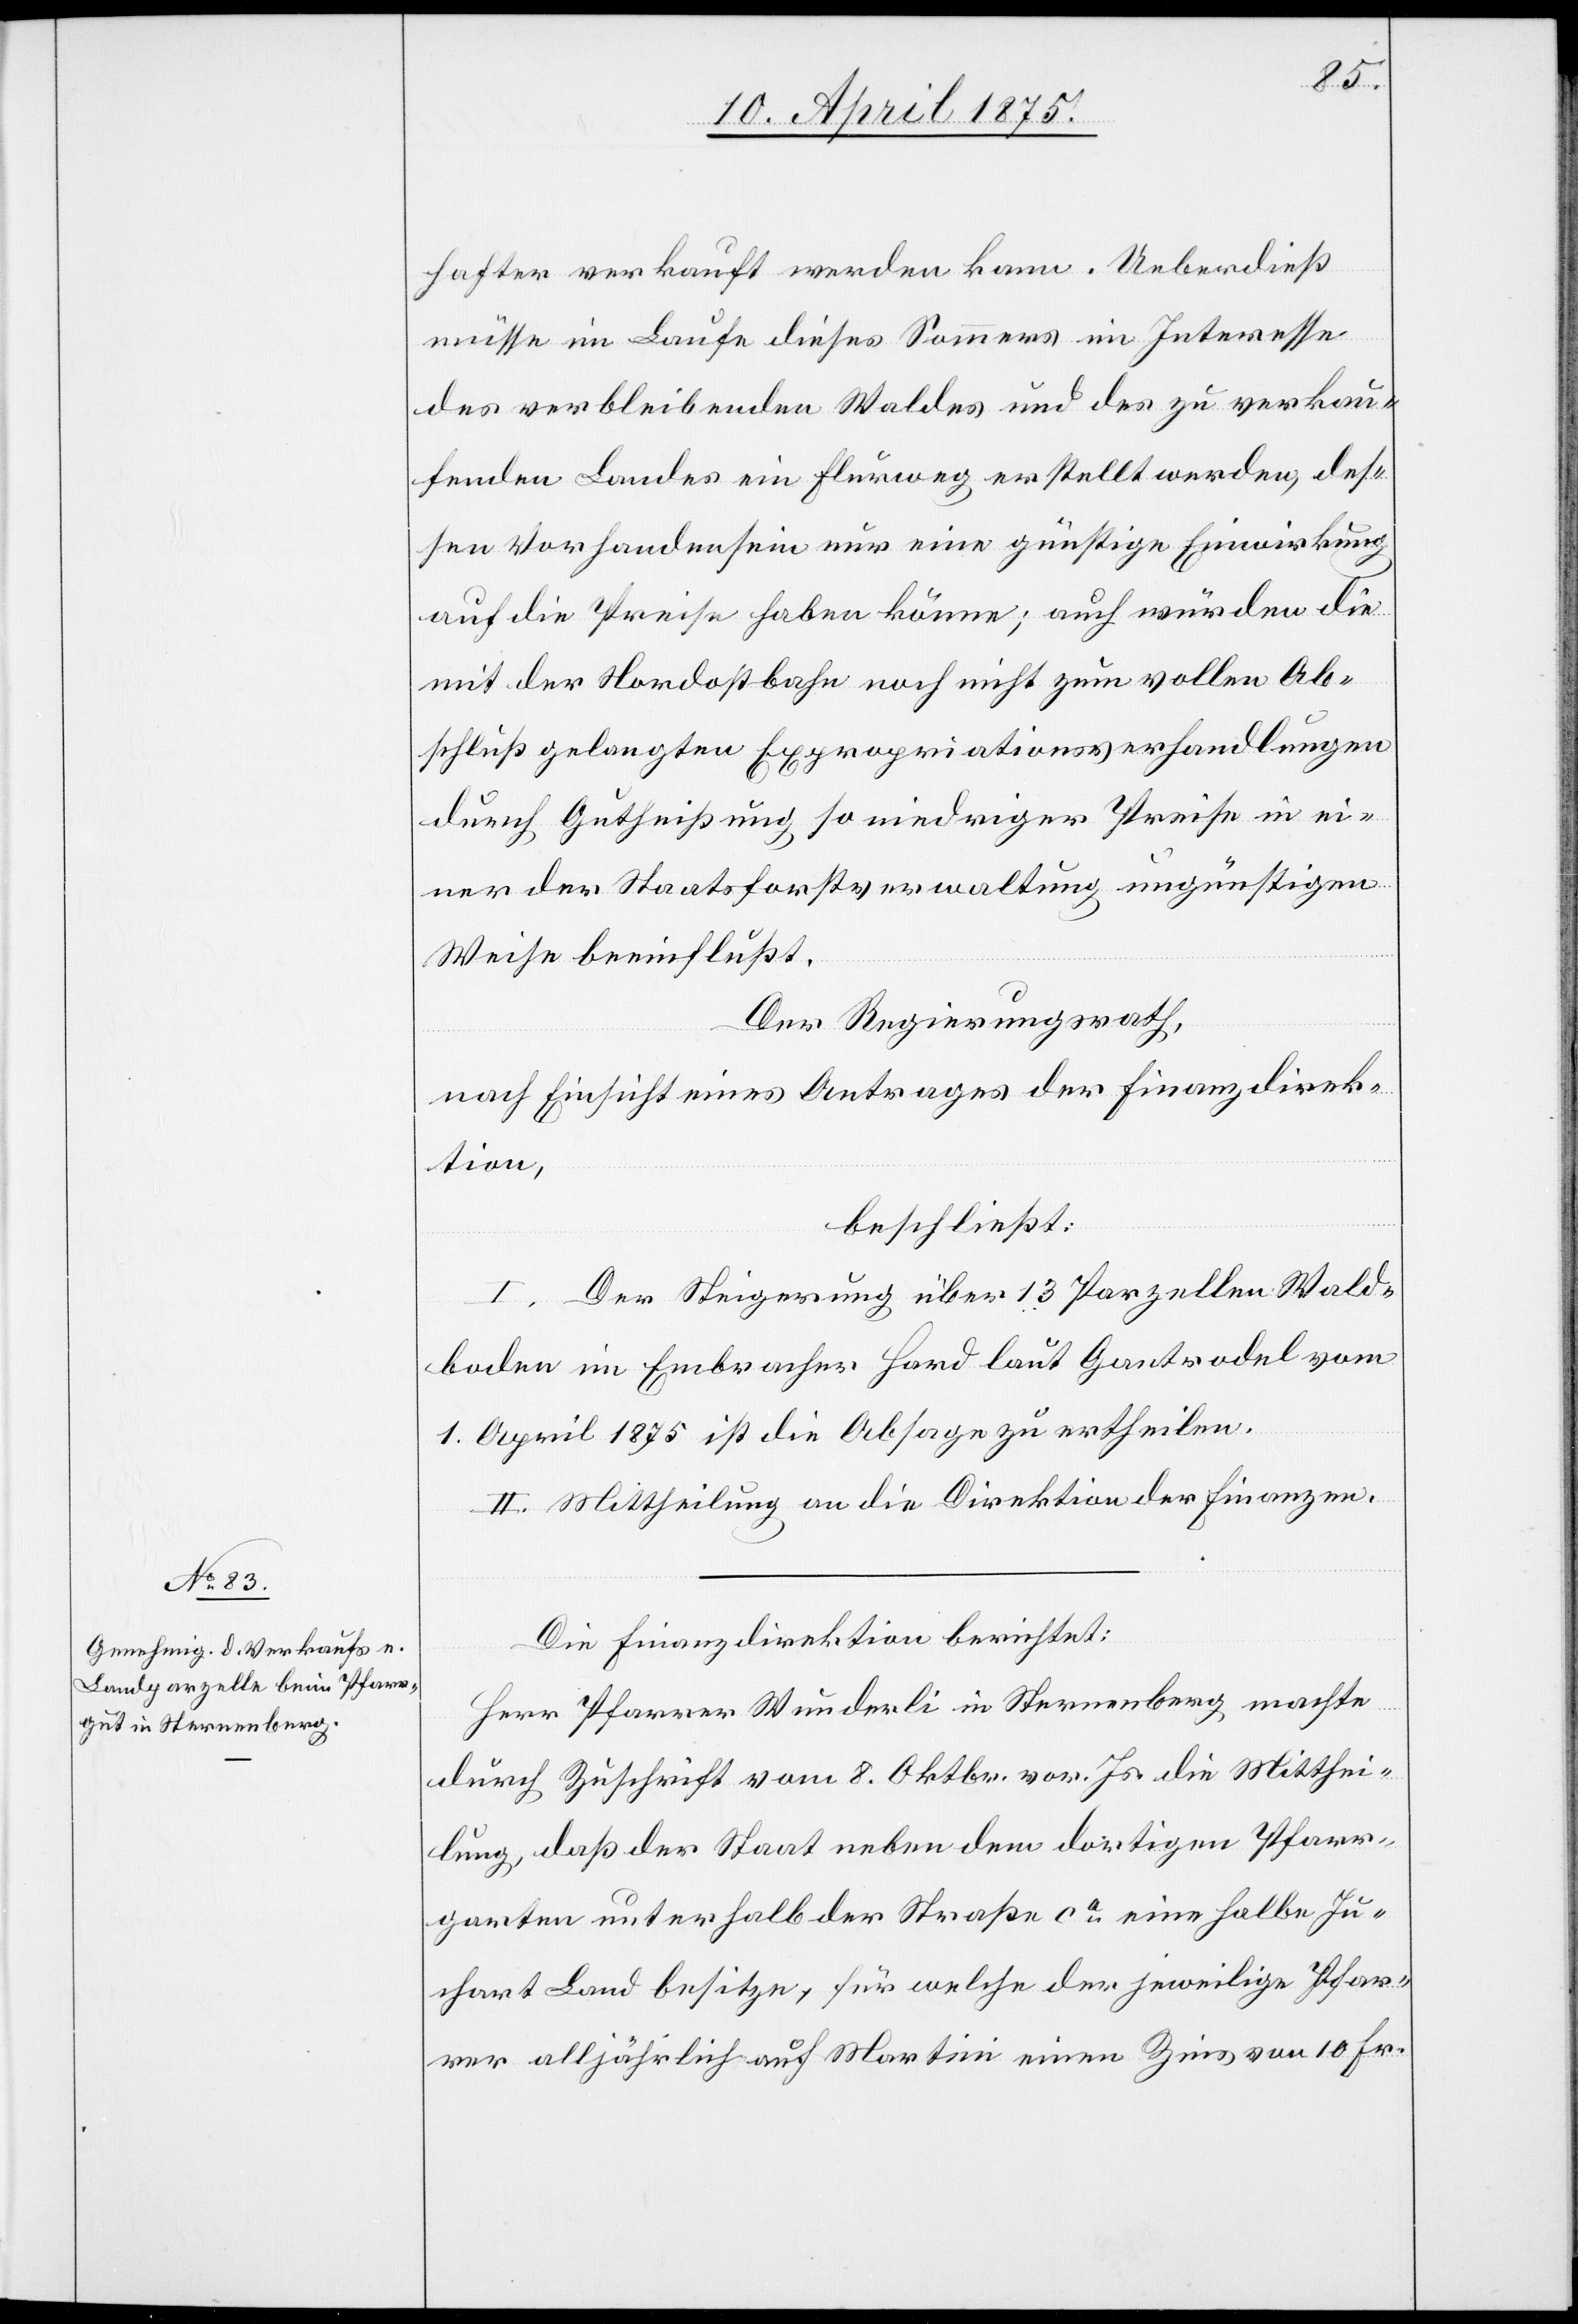
hafter verkauft werden kann. Ueberdieß
müsse im Laufe dieses Sommers im Interesse
des verbleibenden Waldes und des zu verkau¬
fenden Landes ein Flurweg erstellt werden, des¬
sen Vorhandensein nur eine günstige Einwirkung
auf die Preise haben könne; auch würden die
mit der Nordostbahn noch nicht zum vollen Ab¬
schluß gelangten Expropriationsverhandlungen
durch Gutheißung so niedriger Preise in ei¬
ner der Staatsforstverwaltung ungünstigen
Weise beeinflußt.
Der Regierungsrath,
nach Einsicht eines Antrages der Finanzdirek¬
tion,
beschließt:
I. Der Steigerung über 13 Parzellen Wald¬
boden im Embracher Hard laut Gantrodel vom
1. April 1875 ist die Absage zu ertheilen.
II. Mittheilung an die Direktion der Finanzen.
Die Finanzdirektion berichtet:
Herr Pfarrer Wunderli in Sternenberg machte
durch Zuschrift vom 8. Oktbr. vor. Js. die Mitthei¬
lung, daß der Staat neben dem dortigen Pfarr¬
garten unterhalb der Straße ca eine Halbe Ju¬
chart Land besitze, für welche der jeweilige Pfar¬
rer alljährlich auf Martini einen Zins von 10 Fr.